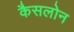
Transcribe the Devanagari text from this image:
कैसलोन